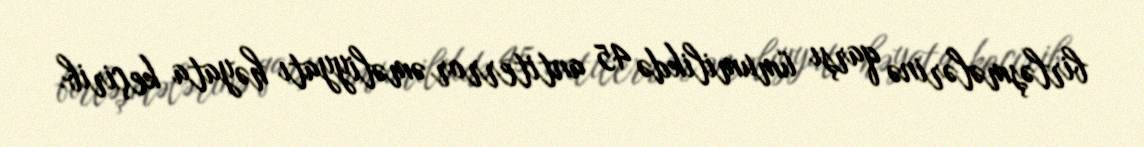
birləşmələrinə qarşı ümumilikdə 45 antiterror əməliyyatı həyata keçirib.